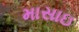
માસાઇ